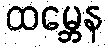
ထမ္ဘေန